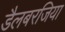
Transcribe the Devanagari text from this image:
डैलबरजिया